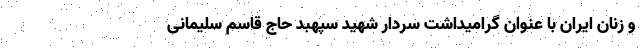
و زنان ایران با عنوان گرامیداشت سردار شهید سپهبد حاج قاسم سلیمانی